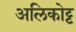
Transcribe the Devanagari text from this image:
अलिकोट्ट